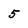
Character: 5